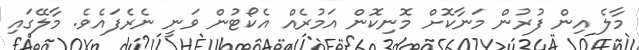
މާލެ އިން ފުރުން މަނާކޮށް މޮނިކޮން އަމުރެއް އެކޯޓުން ވަނީ ނެރެފައެވެ. މާލޭގައި